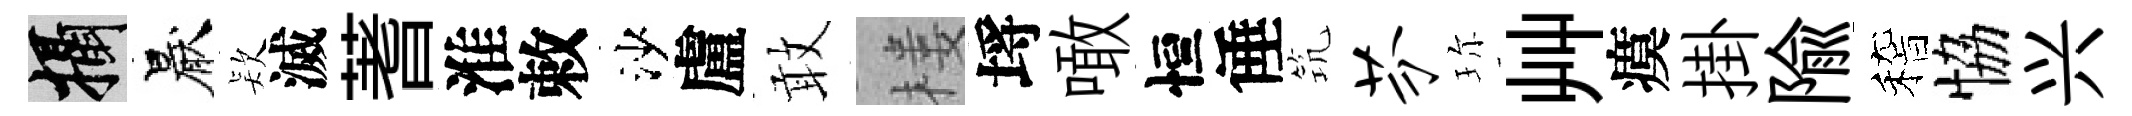
攝厭𣣇滅蓍淮敕沙盧敢楼埓噉恒倕𥬑芬珎艸瘼掛隃稽恊兴